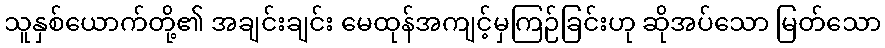
သူနှစ်ယောက်တို့၏ အချင်းချင်း မေထုန်အကျင့်မှကြဉ်ခြင်းဟု ဆိုအပ်သော မြတ်သော